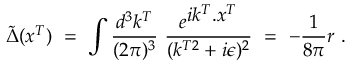
\widetilde \Delta ( x ^ { T } ) \ = \ \int \frac { d ^ { 3 } k ^ { T } } { ( 2 \pi ) ^ { 3 } } \ \frac { e ^ { { \displaystyle i k ^ { T } . x ^ { T } } } } { ( k ^ { T 2 } + i \epsilon ) ^ { 2 } } \ = \ - \frac { 1 } { 8 \pi } r \ .